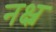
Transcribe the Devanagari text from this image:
नक्ष्न